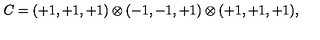
C = ( + 1 , + 1 , + 1 ) \otimes ( - 1 , - 1 , + 1 ) \otimes ( + 1 , + 1 , + 1 ) , \,